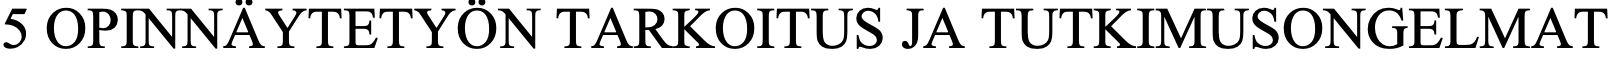
5 OPINNÄYTETYÖN   TARKOITUS  JA TUTKIMUSONGELMAT